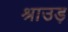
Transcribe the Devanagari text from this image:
श्राउड़